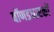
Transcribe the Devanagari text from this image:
बॉणडधारकों